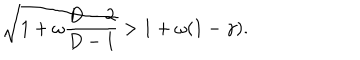
LaTeX: \sqrt { 1 + \omega \frac { D - 2 } { D - 1 } } > 1 + \omega ( 1 - \gamma ) .